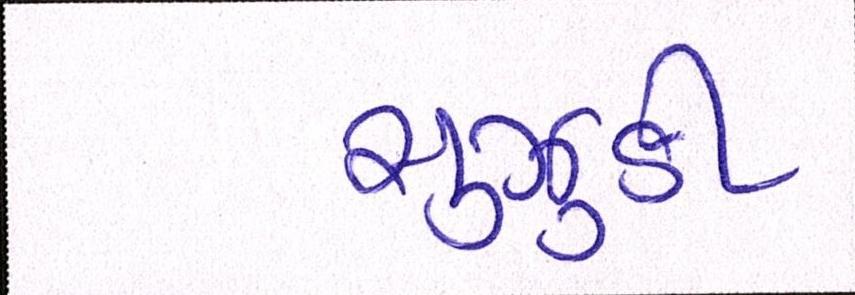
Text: સુઝુકી